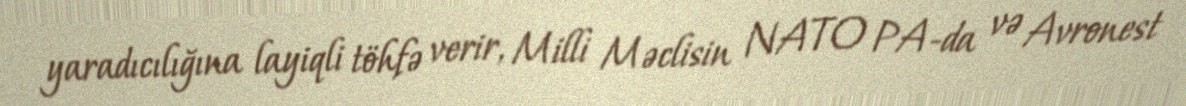
yaradıcılığına layiqli töhfə verir, Milli Məclisin NATO PA-da və Avronest